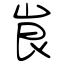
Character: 峎